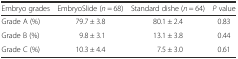
| Embryo grades | EmbryoSlide (n = 68) | Standard dishe (n = 64) | P value |
 | --- | --- | --- | --- |
 | Grade A (%) | 79.7 ± 3.8 | 80.1 ± 2.4 | 0.83 |
 | Grade B (%) | 9.8 ± 3.1 | 13.1 ± 3.8 | 0.44 |
 | Grade C (%) | 10.3 ± 4.4 | 7.5 ± 3.0 | 0.61 |